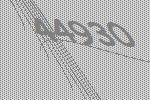
44930